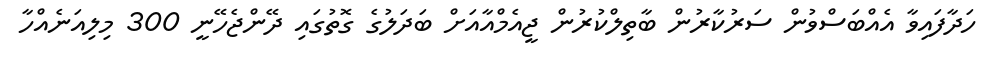
ހަދާފައިވާ އެއްބަސްވުން ސަރުކާރުން ބާތިލްކުރުން ޖީއެމްއާއަށް ބަދަލުގެ ގޮތުގައި ދޭންޖެހޭނީ 300 މިލިއަނެއްހާ